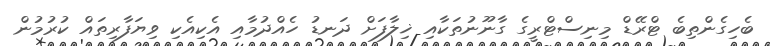
ބެހިގެންތިބެ ޓްރޭޑް މިނިސްޓްރީގެ ގާނޫނުތަކާއި ޚިލާފަށް ދަނޑު ހެއްދުމާއި އެކިއެކި ވިޔަފާރިތައް ކުރުމުން